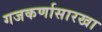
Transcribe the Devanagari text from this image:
गजकर्णासारखा